Indian journal of veterinary science and animal husbandry - Volume 6,
Year: 1936
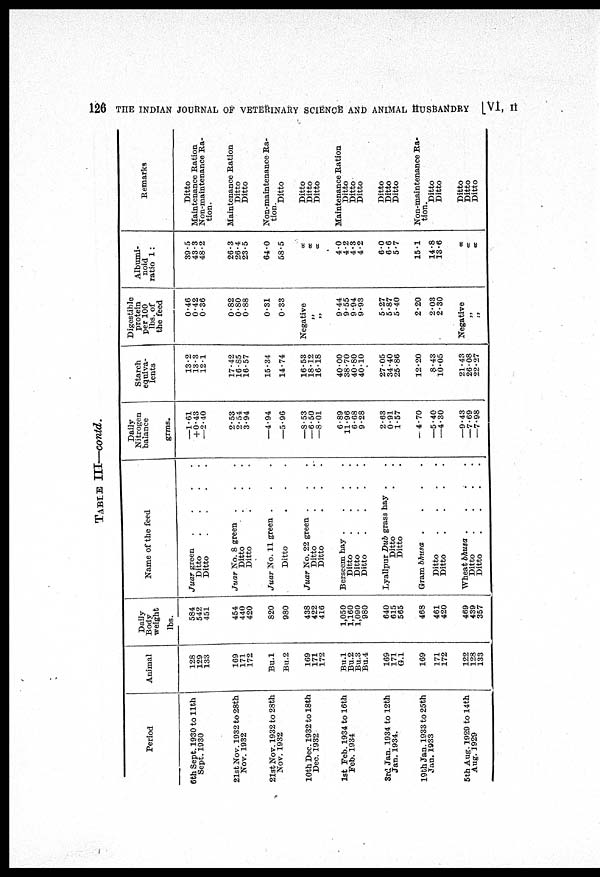
126 THE INDIAN JOURNAL OF VETERINARY SCIENCE AND ANIMAL HUSBANDRY
[VI, II
TABLE III—contd.
Period
6th Sept. 1930 to 11th
Sept. 1930
21st Nov. 1932 to 28th
Nov. 1932
21st Nov. 1932 to 28th
Nov.1932
10th Dec. 1932 to 18th
Dec. 1932
1st Feb. 1934 to 16th
Feb.1934
3rd Jan. 1934 to 12th
Jan.1934.
19bh Jan. 1933 to 25th
Jan.1933
5th Aug. 1929 to 14th
Aug. 1929
Animal
128
129
133
169
171
172
Bu.l
Bu.2
169
171
172
Bu.1
Bu.2
Bu.3
Bu.4
169
171
G.l
169
171
172
122
128
133
Daily
Body
weight
lbs.
584
542
451
454
440
420
820
980
438
422
416
1,050
1,160
1,090
980
640
615
565
468
461
420
469
439
357
Name of the feed
Juar green
....
Ditto
....
Ditto
....
Juar No. 8 green ...
Ditto ...
Ditto ...
Juar No. 11 green ....
Ditto ...
Juar No. 22 green ...
Ditto ....
Ditto ...
Berseem hay
....
Ditto
....
Ditto
....
Ditto
....
Lyallpur Dub grass hav. .
Ditto ...
Ditto ...
Gram bhusa
....
Ditto
....
Ditto
....
Wheat bhusa
....
Ditto
....
Ditto
....
Daily
Nitrogen
balance
grms.
—1.61
+ 0.43
—2.40
2.53
2.54
3.94
—4.94
—5.96
—8.53
—6.50
—8.01
6.89
11.96
6.68
9.28
2.63
0.91
1.57
— 4.70
—5.40
—4.30
—9.43
—7.69
—7.98
Starch
equiva
lents
13.2
13.3
12.1
17.42
16.85
16.57
15.34
14.74
16.53
18.12
16.18
40.00
38.70
40.80
40.10
27.05
34.40
25.86
12.20
8.43
10.05
21.43
26.08
22.27
Digestible
protein
per 100
lbs. of
the feed
0.46
0.42
0.36
0.82
0.80
0.88
0.31
0.33
Negative
„
„
9.44
9.55
9.94
9.93
5.27
5.87
5.40
2.20
2.03
2.30
Negative
„
Albumi
noid
ratio 1:
39.5
43.3
48.2
26.3
26.4
23.5
64.0
58.5
α
α
α
4.0
4.2
4.3
4.2
6.0
6.6
5.7
15.1
14.8
13.6
α
α
α
Remarks
Ditto
Maintenance Ration
Non-maintenance Ra
tion.
Maintenance Ration
Ditto
Ditto
Non-maintenance Ra
tion.
Ditto
Ditto
Ditto
Ditto
Maintenance Ration
Ditto
Ditto
Ditto
Ditto
Ditto
Ditto
Non-maintenance Ra
tion.
Ditto
Ditto
Ditto
Ditto
Ditto